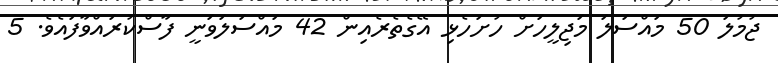
ޖުމުލަ 50 މައްސަލަ މަޖިލީހަށް ހުށަހެޅި އޭގެތެރެއިން 42 މައްސަލަވަނީ ފާސްކުރައްވާފައެވެ. 5